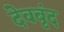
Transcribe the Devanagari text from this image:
देवबृंद